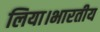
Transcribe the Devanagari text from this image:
लिया।भारतीय